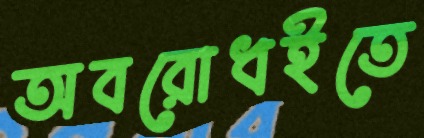
অবরোধইতে